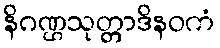
နိဂဏ္ဌသုတ္တာဒိနဝကံ